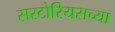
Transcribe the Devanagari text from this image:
सरटोरियसच्या